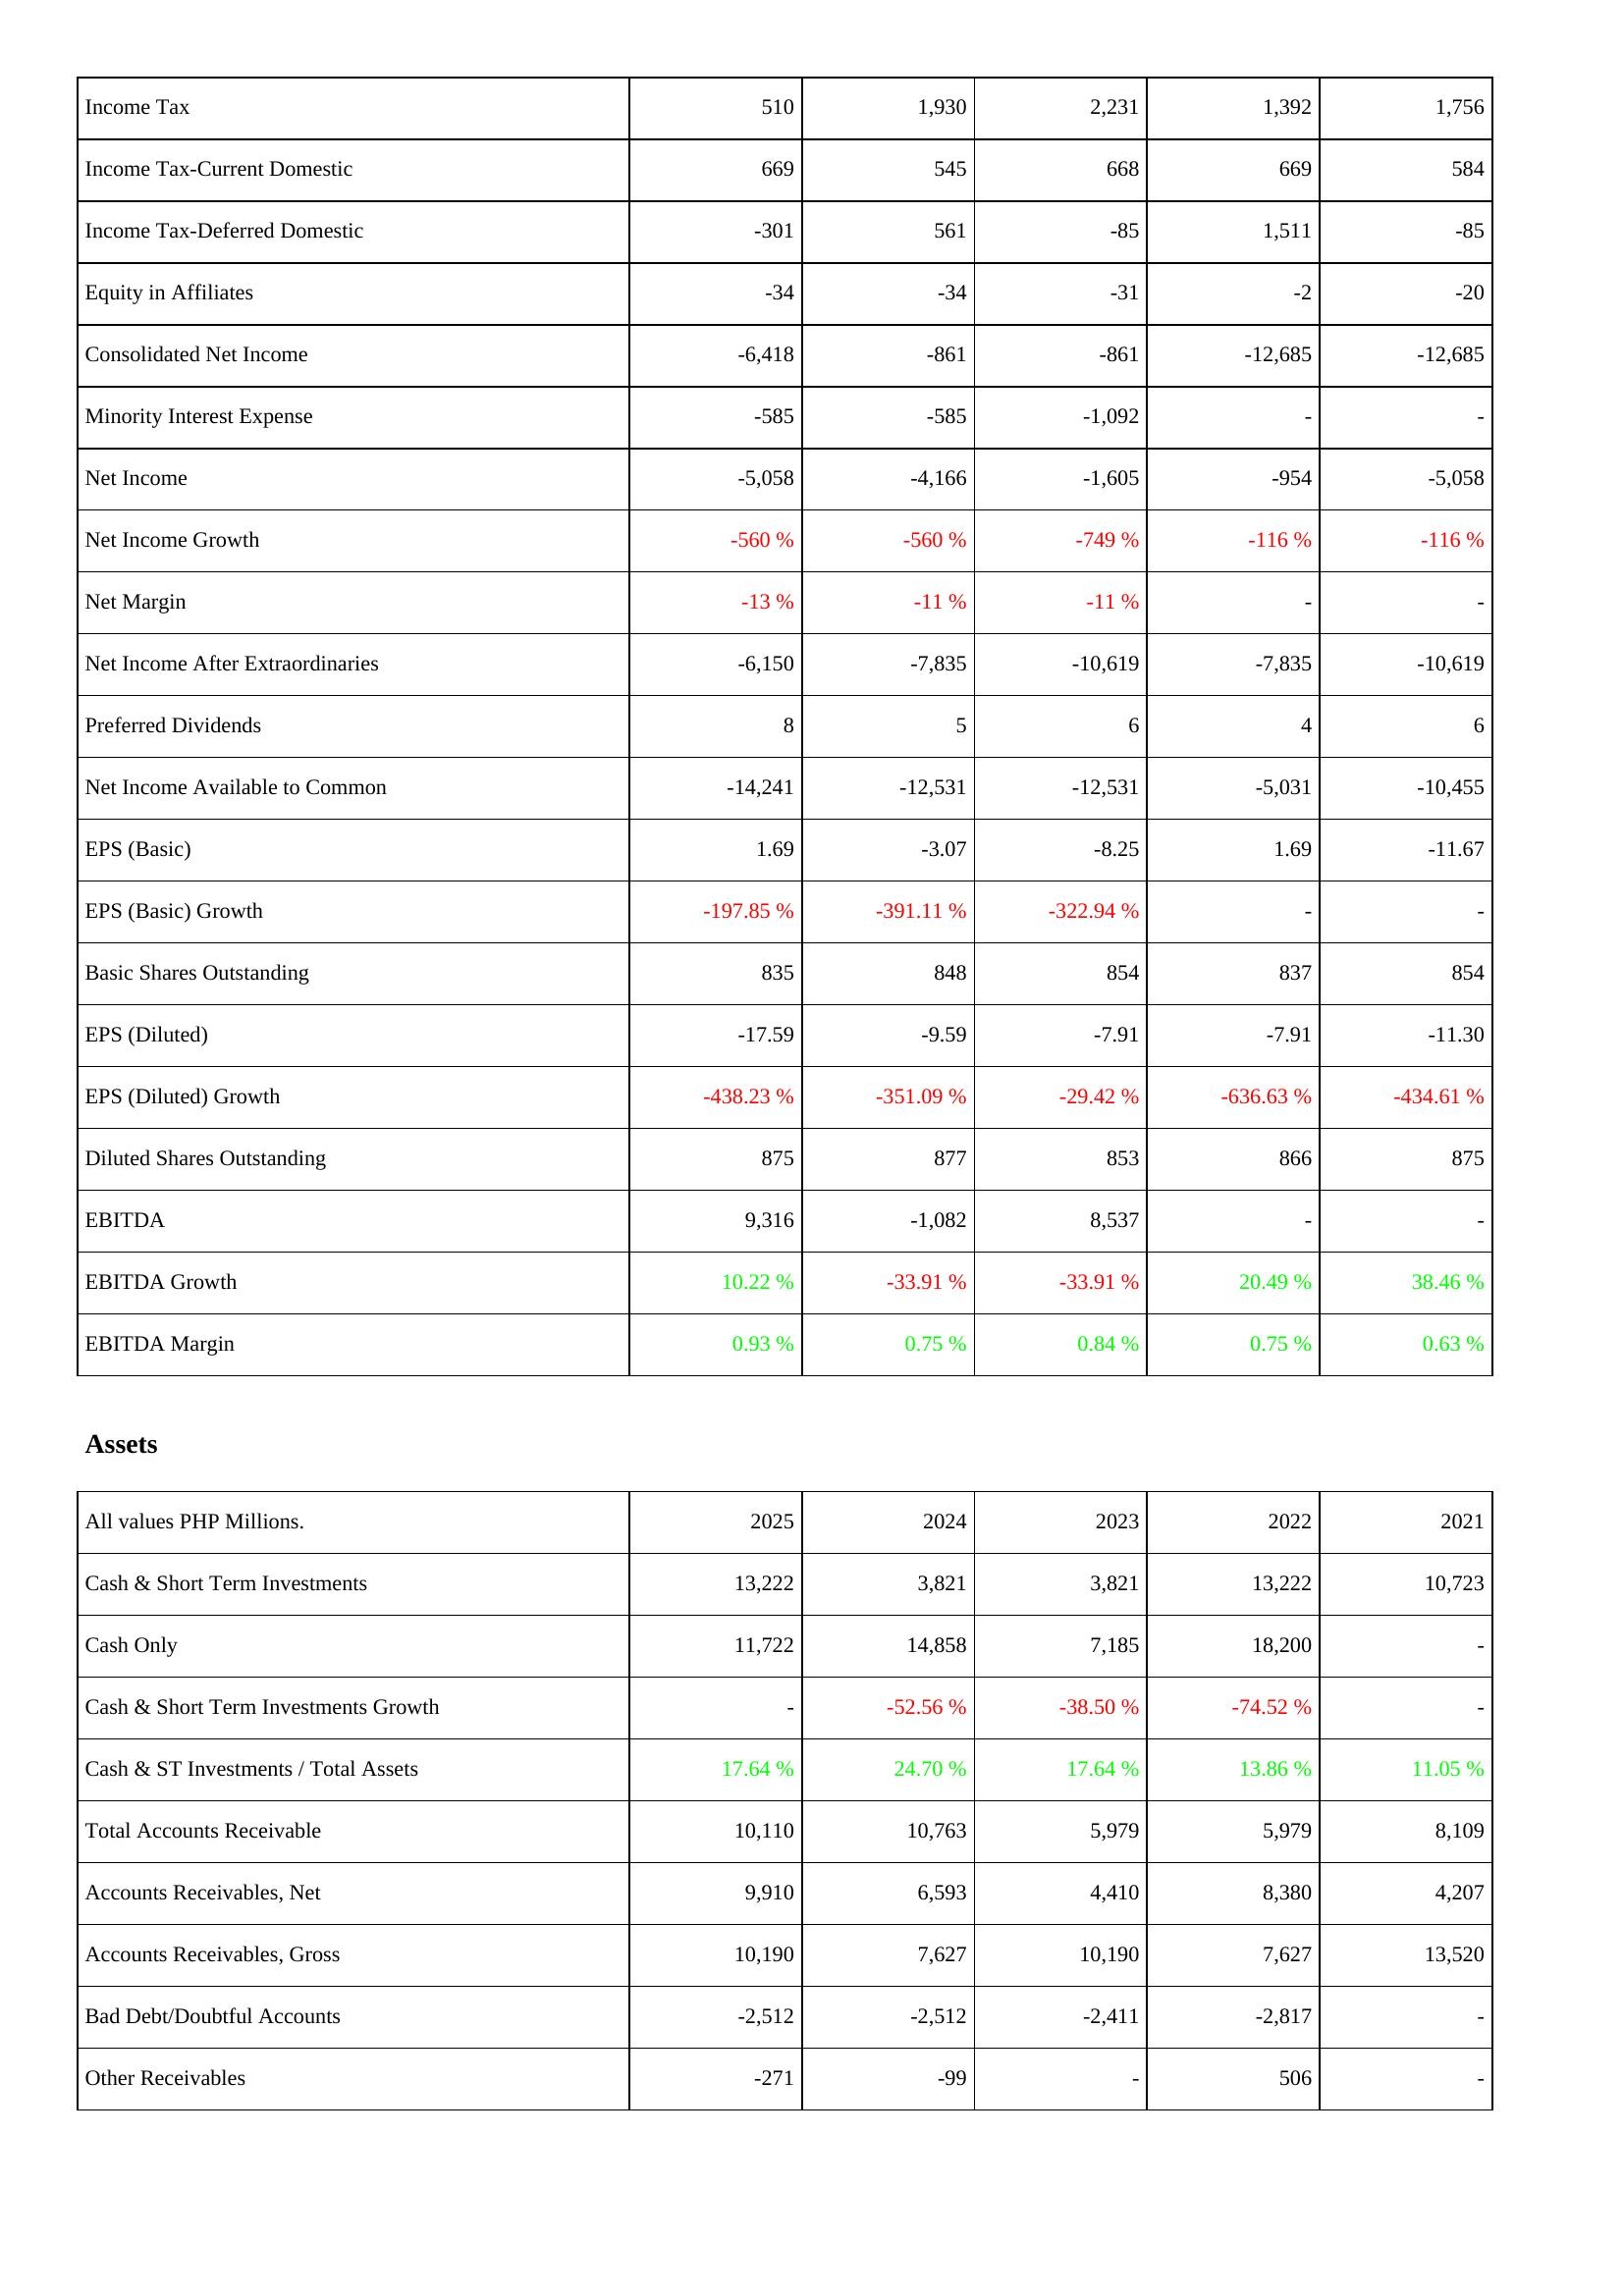
2025: Income Statement: Income Tax: 510
Income Tax-Current Domestic: 669
Income Tax-Deferred Domestic: -301
Equity in Affiliates: -34
Consolidated Net Income: -6,418
Minority Interest Expense: -585
Net Income: -5,058
Net Income Growth: -560 %
Net Margin: -13 %
Net Income After Extraordinaries: -6,150
Preferred Dividends: 8
Net Income Available to Common: -14,241
EPS (Basic): 1.69
EPS (Basic) Growth: -197.85 %
Basic Shares Outstanding: 835
EPS (Diluted): -17.59
EPS (Diluted) Growth: -438.23 %
Diluted Shares Outstanding: 875
EBITDA: 9,316
EBITDA Growth: 10.22 %
EBITDA Margin: 0.93 %
Assets: Cash & Short Term Investments: 13,222
Cash Only: 11,722
Cash & Short Term Investments Growth: -
Cash & ST Investments / Total Assets: 17.64 %
Total Accounts Receivable: 10,110
Accounts Receivables, Net: 9,910
Accounts Receivables, Gross: 10,190
Bad Debt/Doubtful Accounts: -2,512
Other Receivables: -271
2024: Income Statement: Income Tax: 1,930
Income Tax-Current Domestic: 545
Income Tax-Deferred Domestic: 561
Equity in Affiliates: -34
Consolidated Net Income: -861
Minority Interest Expense: -585
Net Income: -4,166
Net Income Growth: -560 %
Net Margin: -11 %
Net Income After Extraordinaries: -7,835
Preferred Dividends: 5
Net Income Available to Common: -12,531
EPS (Basic): -3.07
EPS (Basic) Growth: -391.11 %
Basic Shares Outstanding: 848
EPS (Diluted): -9.59
EPS (Diluted) Growth: -351.09 %
Diluted Shares Outstanding: 877
EBITDA: -1,082
EBITDA Growth: -33.91 %
EBITDA Margin: 0.75 %
Assets: Cash & Short Term Investments: 3,821
Cash Only: 14,858
Cash & Short Term Investments Growth: -52.56 %
Cash & ST Investments / Total Assets: 24.70 %
Total Accounts Receivable: 10,763
Accounts Receivables, Net: 6,593
Accounts Receivables, Gross: 7,627
Bad Debt/Doubtful Accounts: -2,512
Other Receivables: -99
2023: Income Statement: Income Tax: 2,231
Income Tax-Current Domestic: 668
Income Tax-Deferred Domestic: -85
Equity in Affiliates: -31
Consolidated Net Income: -861
Minority Interest Expense: -1,092
Net Income: -1,605
Net Income Growth: -749 %
Net Margin: -11 %
Net Income After Extraordinaries: -10,619
Preferred Dividends: 6
Net Income Available to Common: -12,531
EPS (Basic): -8.25
EPS (Basic) Growth: -322.94 %
Basic Shares Outstanding: 854
EPS (Diluted): -7.91
EPS (Diluted) Growth: -29.42 %
Diluted Shares Outstanding: 853
EBITDA: 8,537
EBITDA Growth: -33.91 %
EBITDA Margin: 0.84 %
Assets: Cash & Short Term Investments: 3,821
Cash Only: 7,185
Cash & Short Term Investments Growth: -38.50 %
Cash & ST Investments / Total Assets: 17.64 %
Total Accounts Receivable: 5,979
Accounts Receivables, Net: 4,410
Accounts Receivables, Gross: 10,190
Bad Debt/Doubtful Accounts: -2,411
Other Receivables: -
2022: Income Statement: Income Tax: 1,392
Income Tax-Current Domestic: 669
Income Tax-Deferred Domestic: 1,511
Equity in Affiliates: -2
Consolidated Net Income: -12,685
Minority Interest Expense: -
Net Income: -954
Net Income Growth: -116 %
Net Margin: -
Net Income After Extraordinaries: -7,835
Preferred Dividends: 4
Net Income Available to Common: -5,031
EPS (Basic): 1.69
EPS (Basic) Growth: -
Basic Shares Outstanding: 837
EPS (Diluted): -7.91
EPS (Diluted) Growth: -636.63 %
Diluted Shares Outstanding: 866
EBITDA: -
EBITDA Growth: 20.49 %
EBITDA Margin: 0.75 %
Assets: Cash & Short Term Investments: 13,222
Cash Only: 18,200
Cash & Short Term Investments Growth: -74.52 %
Cash & ST Investments / Total Assets: 13.86 %
Total Accounts Receivable: 5,979
Accounts Receivables, Net: 8,380
Accounts Receivables, Gross: 7,627
Bad Debt/Doubtful Accounts: -2,817
Other Receivables: 506
2021: Income Statement: Income Tax: 1,756
Income Tax-Current Domestic: 584
Income Tax-Deferred Domestic: -85
Equity in Affiliates: -20
Consolidated Net Income: -12,685
Minority Interest Expense: -
Net Income: -5,058
Net Income Growth: -116 %
Net Margin: -
Net Income After Extraordinaries: -10,619
Preferred Dividends: 6
Net Income Available to Common: -10,455
EPS (Basic): -11.67
EPS (Basic) Growth: -
Basic Shares Outstanding: 854
EPS (Diluted): -11.30
EPS (Diluted) Growth: -434.61 %
Diluted Shares Outstanding: 875
EBITDA: -
EBITDA Growth: 38.46 %
EBITDA Margin: 0.63 %
Assets: Cash & Short Term Investments: 10,723
Cash Only: -
Cash & Short Term Investments Growth: -
Cash & ST Investments / Total Assets: 11.05 %
Total Accounts Receivable: 8,109
Accounts Receivables, Net: 4,207
Accounts Receivables, Gross: 13,520
Bad Debt/Doubtful Accounts: -
Other Receivables: -